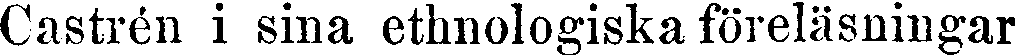
Castrén i sina ethnologiska föreläsningar